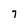
Character: 7